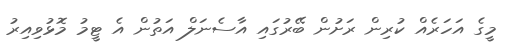
މީގެ އަހަރެއް ކުރިން ރަށުން ބޭރުގައި އާސެނަލް އަތުން އެ ޓީމު މޮޅުވިއިރު